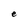
Character: e